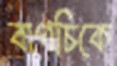
বাগচিকে